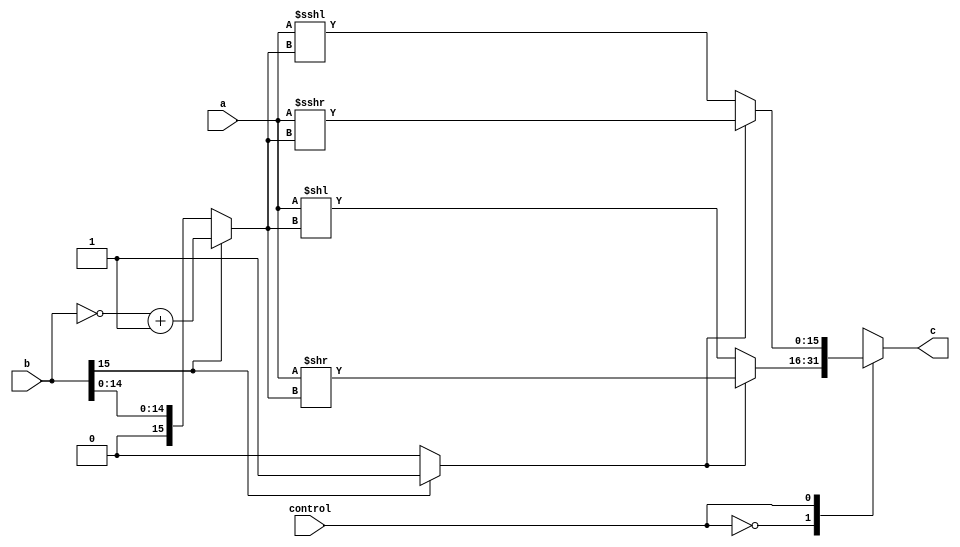
`timescale 1ns / 1ps
//////////////////////////////////////////////////////////////////////////////////
// Company: 
// Engineer: 
// 
// Design Name: 
// Module Name:    shift 
// Project Name: 
// Target Devices: 
// Tool versions: 
// Description: 
//
// Dependencies: 
//
// Revision: 
// Revision 0.01 - File Created
// Additional Comments: 
//
//////////////////////////////////////////////////////////////////////////////////
module shift #(parameter WIDTH = 16, parameter HALF_WIDTH = 16)
			(input [WIDTH-1:0] a, 
			 input [WIDTH-1:0] b,
			 input control,
			 output reg [WIDTH-1:0] c);
			 
			 reg neg; 
			 reg [WIDTH-1:0] b2;
always @(a, b, control)
begin
neg = 0;
if (b[WIDTH-1] == 1) begin  
			b2 = ~b;
			b2 = b2 + 1;
			neg = 1;
			end
else b2 = b;
case (control)
	0:	if (neg) c = a >> b2; //Logical
		else 		c = a << b2;
	1: if(neg)	c = a >>> b2; //Arithmetic
		else 		c = a <<< b2;
	default: c = a;
endcase
end

endmodule